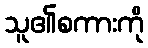
သူ၏စကားကို